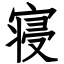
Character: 寝